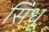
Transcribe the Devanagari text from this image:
सि॓धू